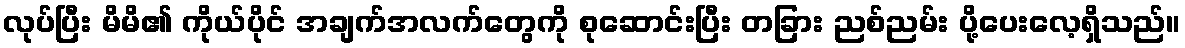
လုပ်ပြီး မိမိ၏ ကိုယ်ပိုင် အချက်အလက်တွေကို စုဆောင်းပြီး တခြား ညစ်ညမ်း ပို့ပေးလေ့ရှိသည်။